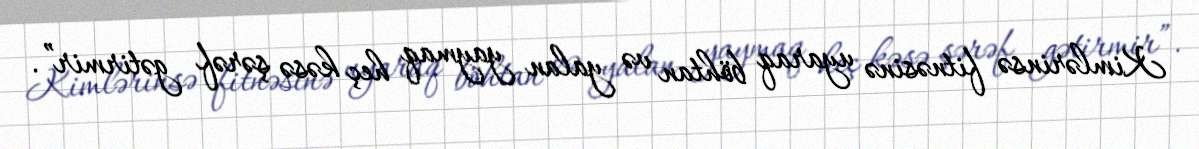
Kimlərinsə fitnəsinə uyaraq böhtan və yalan yaymaq heç kəsə şərəf gətirmir”.